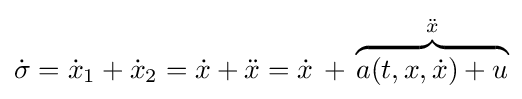
{\dot {\sigma }}={\dot {x}}_{1}+{\dot {x}}_{2}={\dot {x}}+{\ddot {x}}={\dot {x}}\,+\,\overbrace {a(t,x,{\dot {x}})+u} ^{\ddot {x}}